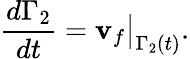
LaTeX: \frac{d\Gamma_{2}}{dt}=\mathbf{v}_{f}\big|_{\Gamma_{2}(t)}.